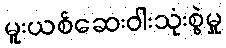
မူးယစ်ဆေးဝါးသုံးစွဲမှု